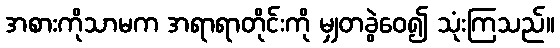
အစားကိုသာမက အရာရာတိုင်းကို မျှတခွဲဝေ၍ သုံးကြသည်။